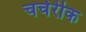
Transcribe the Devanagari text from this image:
चर्चरीक